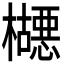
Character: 𬅂